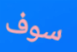
سوف